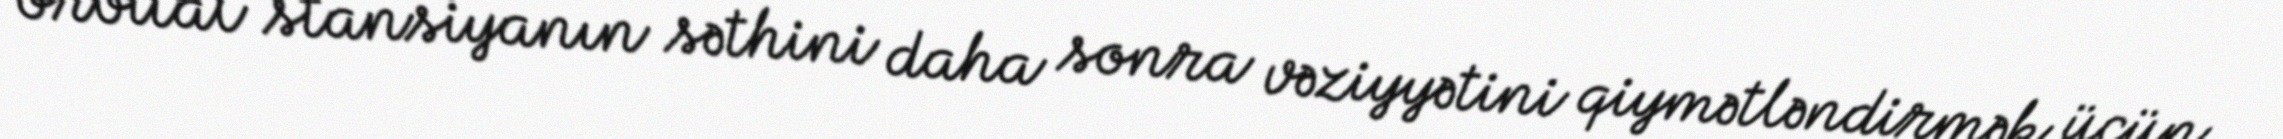
orbital stansiyanın səthini daha sonra vəziyyətini qiymətləndirmək üçün